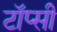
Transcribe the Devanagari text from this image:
टॉप्सी